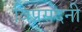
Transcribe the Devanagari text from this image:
विप्रसदनी